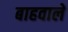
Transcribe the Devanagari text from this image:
बाहवाले